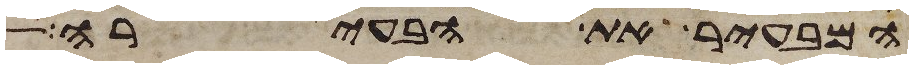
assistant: המבעיר את הבעירה